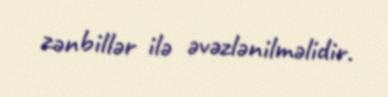
zənbillər ilə əvəzlənilməlidir.